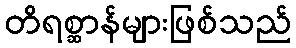
တိရစ္ဆာန်များဖြစ်သည်